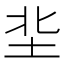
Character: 㘳